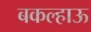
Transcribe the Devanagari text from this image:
बकल्हाऊ